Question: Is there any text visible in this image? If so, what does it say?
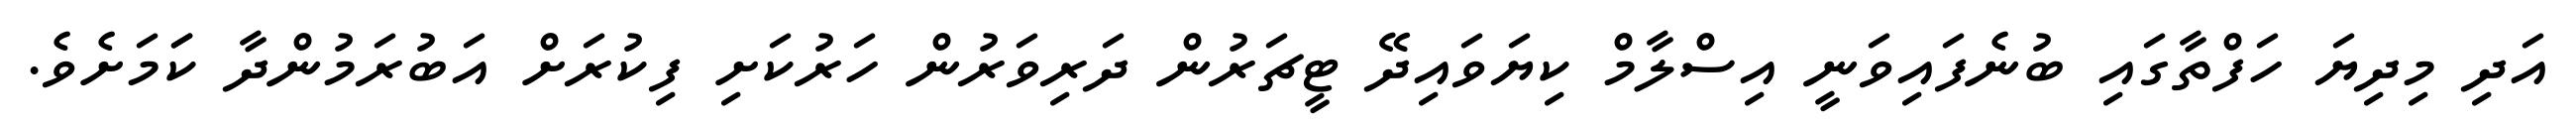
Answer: އަދި މިދިޔަ ހަފްތާގައި ބުނެފައިވަނީ އިސްލާމް ކިޔަވައިދޭ ޓީޗަރުން ދަރިވަރުން ހަރުކަށި ފިކުރަށް އަބުރަމުންދާ ކަަމަށެވެ.